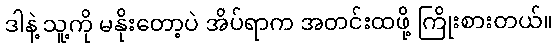
ဒါနဲ့ သူ့ကို မနိုးတော့ပဲ အိပ်ရာက အတင်းထဖို့ ကြိုးစားတယ်။